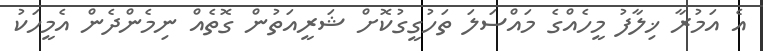
އެ އަމުރާ ޚިލާފު މީހެއްގެ މައްސަލަ ތަހުގީގުކޮށް ޝަރީއަތުން ގޮތެއް ނިމެންދެން އެމީހަކު